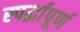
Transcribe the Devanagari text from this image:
स्पर्द्धापूर्ण